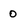
Character: 0